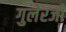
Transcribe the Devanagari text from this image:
गुलेरजी